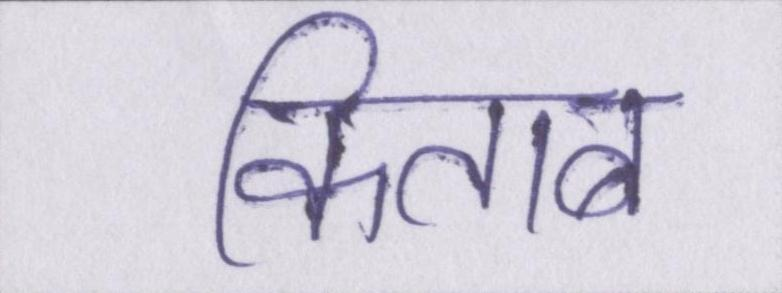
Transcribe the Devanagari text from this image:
किताब